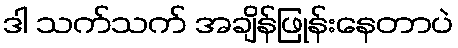
ဒါ သက်သက် အချိန်ဖြုန်းနေတာပဲ